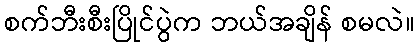
စက်ဘီးစီးပြိုင်ပွဲက ဘယ်အချိန် စမလဲ။